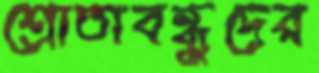
শ্রোতাবন্ধুদের